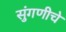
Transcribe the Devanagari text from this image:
सुंगणीचे